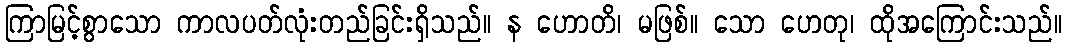
ကြာမြင့်စွာသော ကာလပတ်လုံးတည်ခြင်းရှိသည်။ န ဟောတိ၊ မဖြစ်။ သော ဟေတု၊ ထိုအကြောင်းသည်။